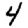
Digit: 4